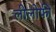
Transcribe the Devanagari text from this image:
लीलोफी